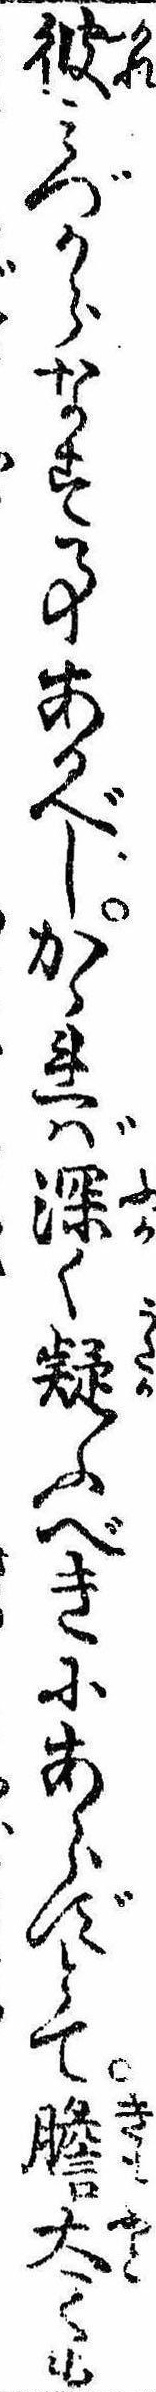
彼みづからなす事あるべしかゝれば深く疑ふべきにあらずとて胆太くも